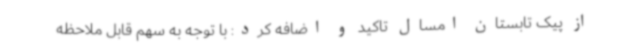
از پیک تابستان امسال تاکید و اضافه کرد: با توجه به سهم قابل ملاحظه